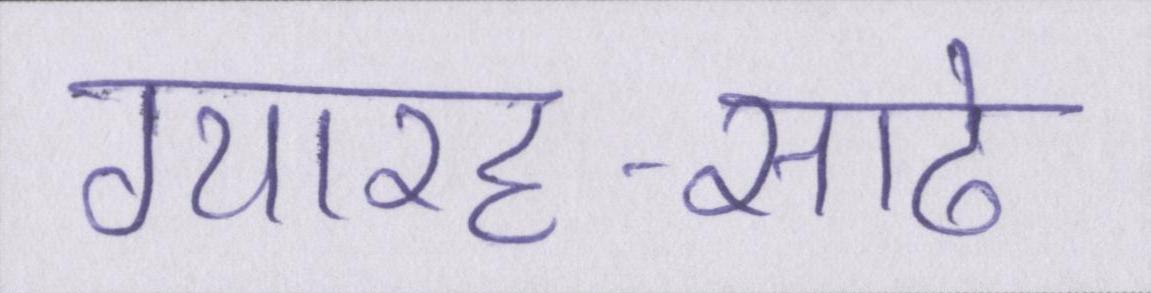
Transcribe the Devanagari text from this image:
ग्यारह-साढे